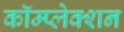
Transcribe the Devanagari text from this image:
कॉम्प्लेक्शन